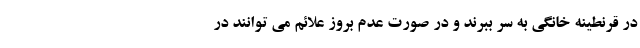
در قرنطینه خانگی به سر ببرند و در صورت عدم بروز علائم می توانند در